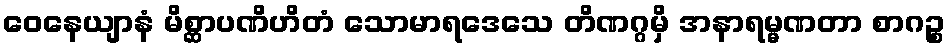
ဝေနေယျာနံ မိစ္ဆာပဏိဟိတံ သောမာရဒေသေ တိဏဂ္ဂမှိ အနာရမ္မဏတာ စာဂဉ္စ